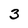
Character: 3